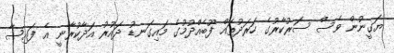
ޔަގީނުން ވެސް ސަރުކާރުގެ ހަރަދުތައް ފޫބެއްދުމުގެ މައިގަނޑު ދައުރު އަދާކުރާނީ އެ ފައިސާ